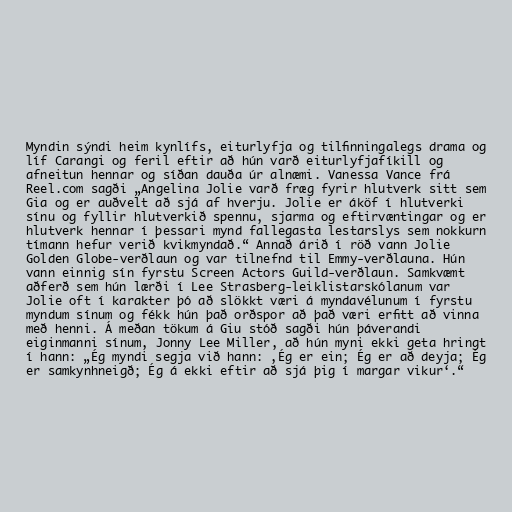
Myndin sýndi heim kynlífs, eiturlyfja og tilfinningalegs drama og
líf Carangi og feril eftir að hún varð eiturlyfjafíkill og
afneitun hennar og síðan dauða úr alnæmi. Vanessa Vance frá
Reel.com sagði „Angelina Jolie varð fræg fyrir hlutverk sitt sem
Gia og er auðvelt að sjá af hverju. Jolie er áköf í hlutverki
sínu og fyllir hlutverkið spennu, sjarma og eftirvæntingar og er
hlutverk hennar í þessari mynd fallegasta lestarslys sem nokkurn
tímann hefur verið kvikmyndað.“ Annað árið í röð vann Jolie
Golden Globe-verðlaun og var tilnefnd til Emmy-verðlauna. Hún
vann einnig sín fyrstu Screen Actors Guild-verðlaun. Samkvæmt
aðferð sem hún lærði í Lee Strasberg-leiklistarskólanum var
Jolie oft í karakter þó að slökkt væri á myndavélunum í fyrstu
myndum sínum og fékk hún það orðspor að það væri erfitt að vinna
með henni. Á meðan tökum á Giu stóð sagði hún þáverandi
eiginmanni sínum, Jonny Lee Miller, að hún myni ekki geta hringt
í hann: „Ég myndi segja við hann: ‚Ég er ein; Ég er að deyja; Ég
er samkynhneigð; Ég á ekki eftir að sjá þig í margar vikur‘.“